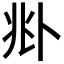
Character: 𠧞